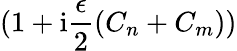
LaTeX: (1+\mathrm{i}\frac{\epsilon}{2}(C_{n}+C_{m}))